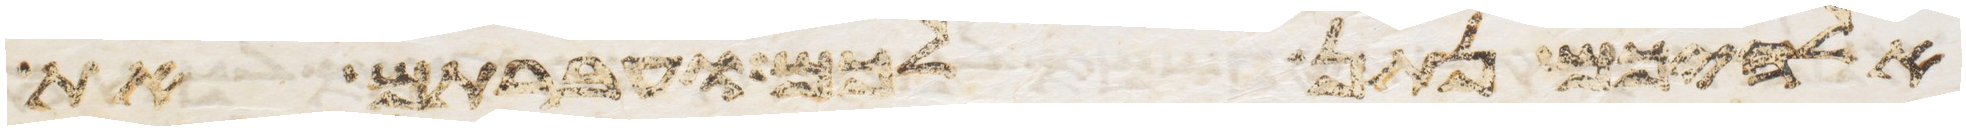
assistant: אלהיכם נתן לכם ועברתם את